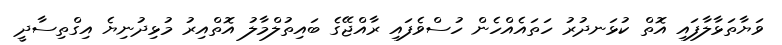
ވަޔާތަޅާލާފައި އޮތް ކުޅަނދުރު ހަތައެއްހެން ހުސްވެފައި ރާއްޖޭގެ ބައިތުލްމާލު އޮތްއިރު މުޅިދުނިޔެ އިގްތިސާދީ